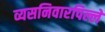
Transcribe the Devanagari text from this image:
व्यसनिवारपिल्ले